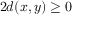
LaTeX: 2 d ( x , y ) \geq 0